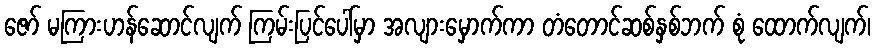
ဇော် မကြားဟန်ဆောင်လျက် ကြမ်းပြင်ပေါ်မှာ အလျားမှောက်ကာ တံတောင်ဆစ်နှစ်ဘက် စုံ ထောက်လျက်၊